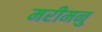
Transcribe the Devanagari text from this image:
मरीमनु